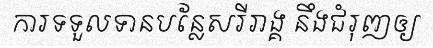
ការទទួលទានបន្លែសរីរាង្គ នឹងជំរុញឲ្យ